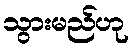
သွားမည်ဟု